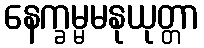
နေက္ခမ္မမနုယုတ္တာ